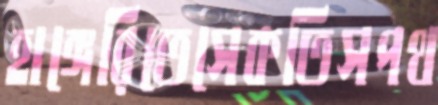
হাঙ্গেরিতেসেকতিসপথ